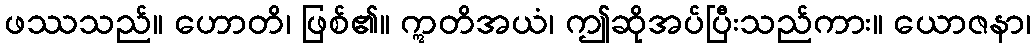
ဖဿသည်။ ဟောတိ၊ ဖြစ်၏။ ဣတိအယံ၊ ဤဆိုအပ်ပြီးသည်ကား။ ယောဇနာ၊